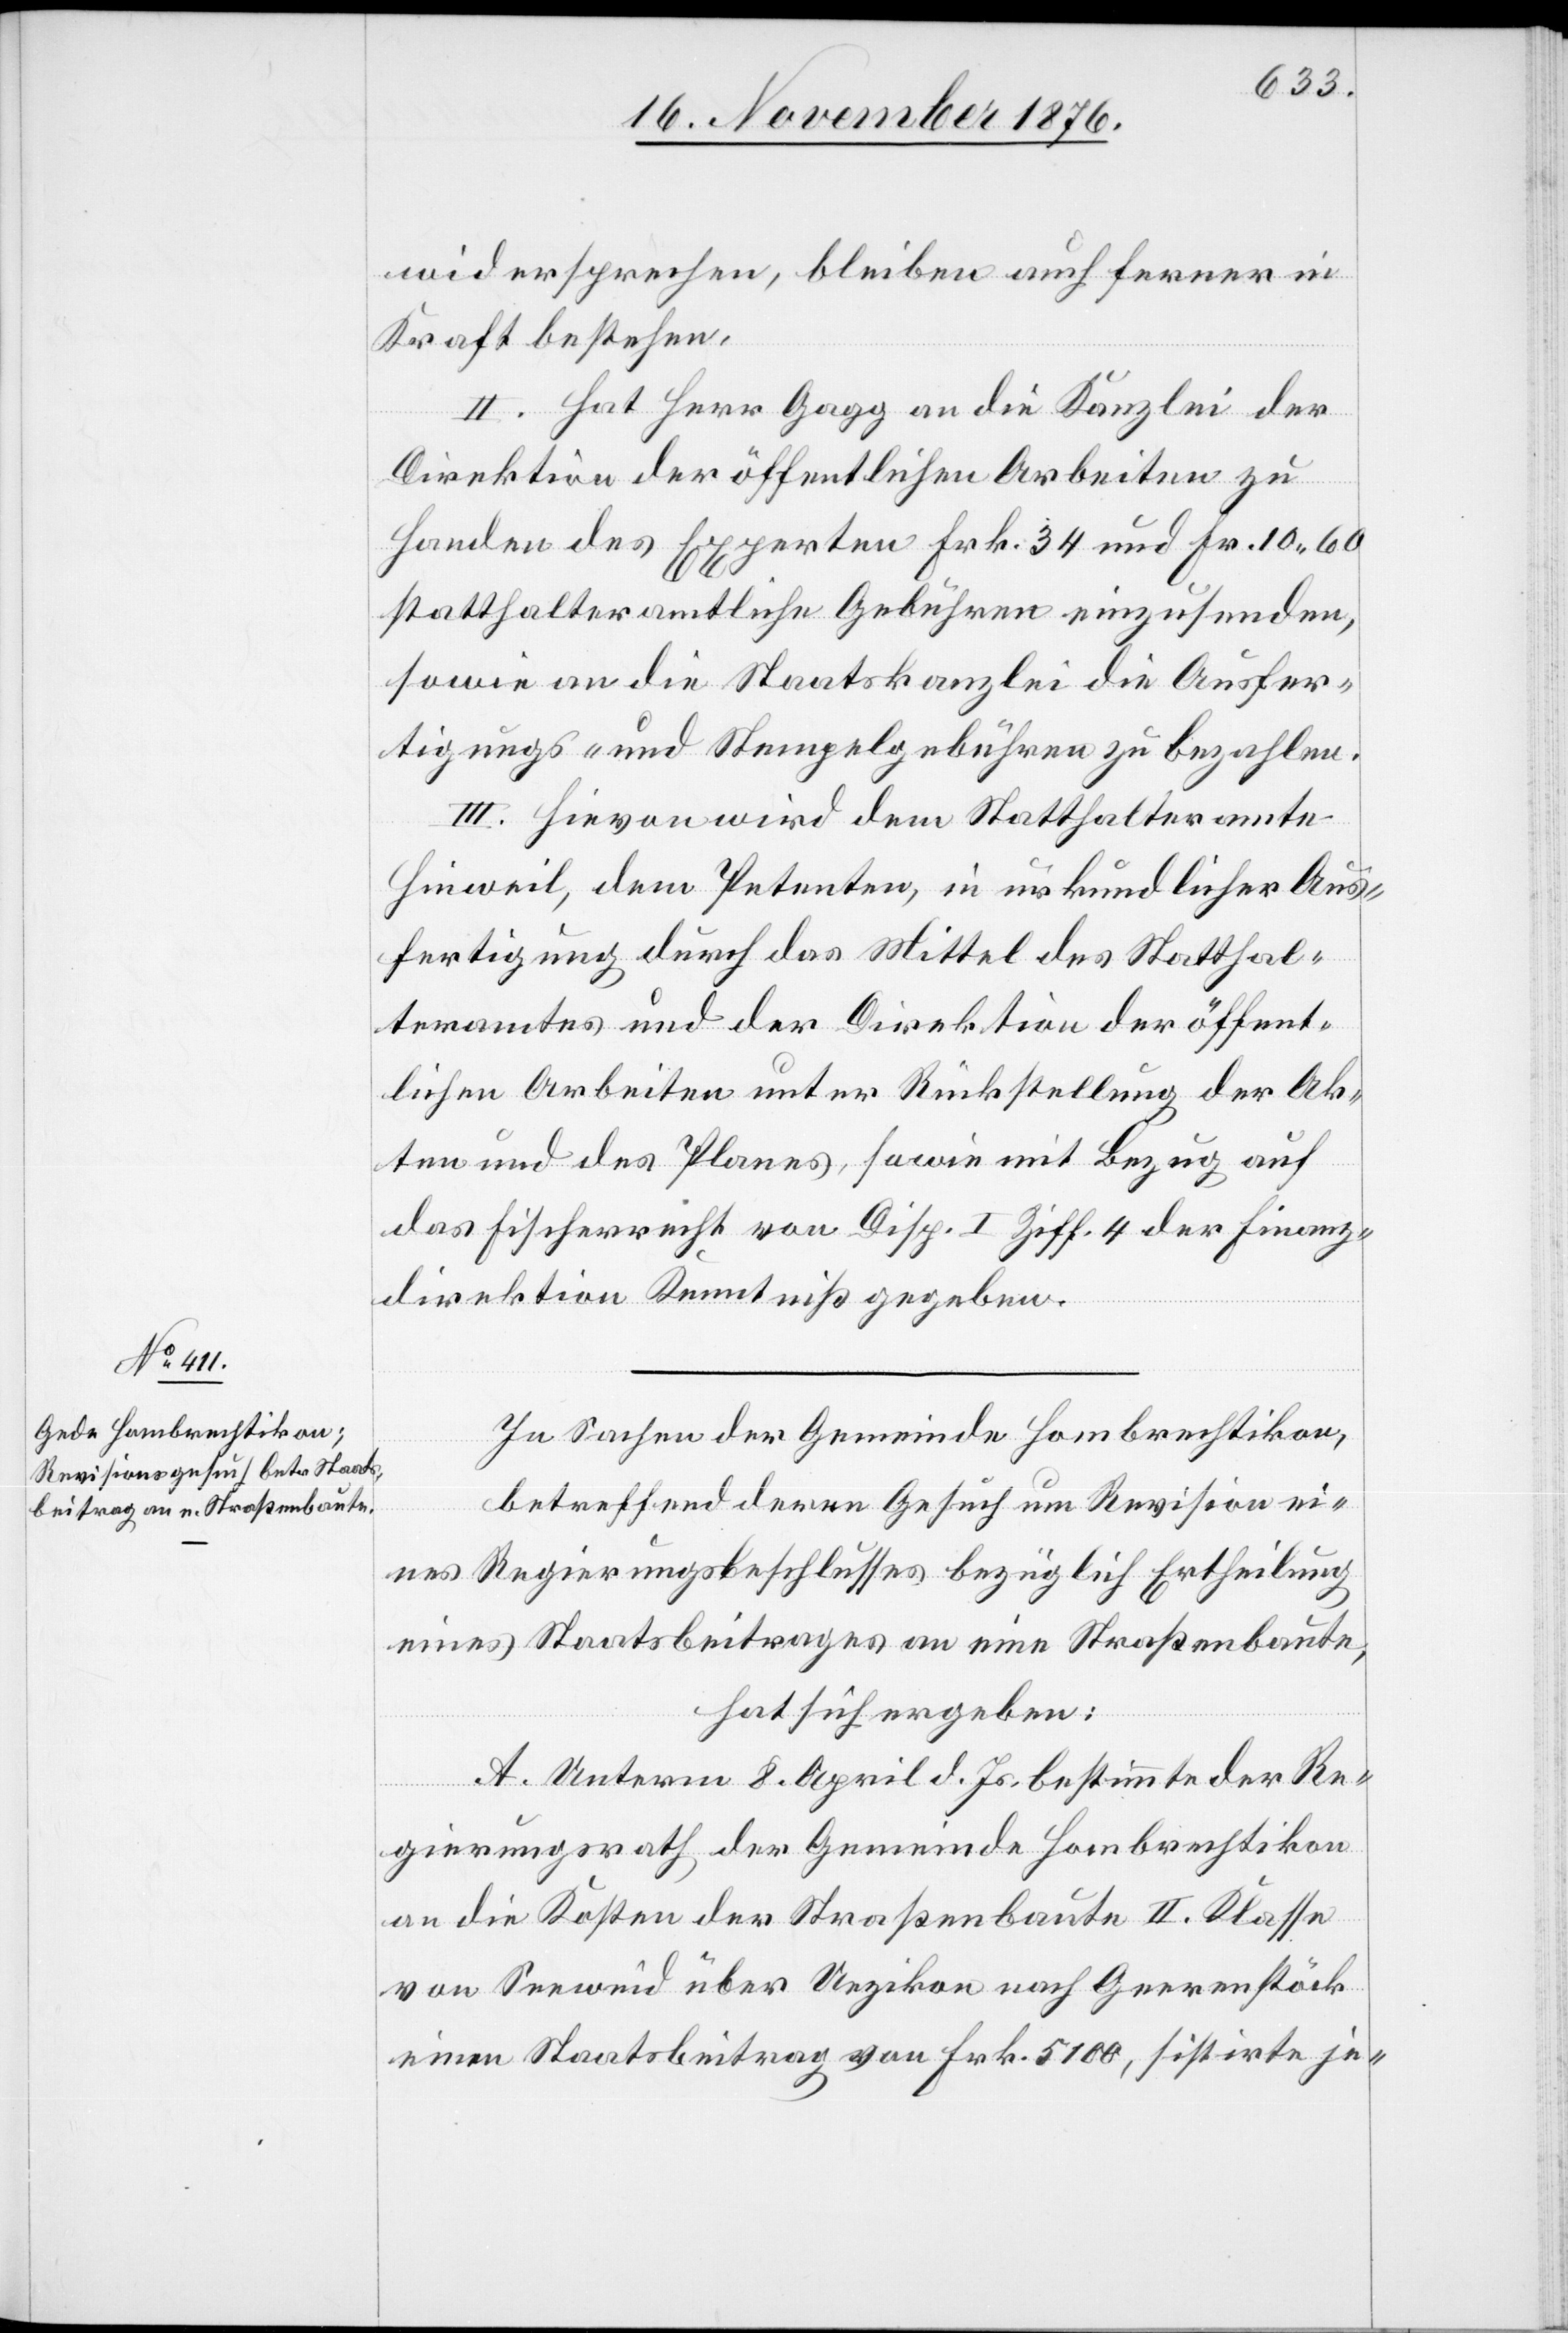
widersprechen, bleiben auch ferner in
Kraft bestehen.
II. Hat Herr Gagg an die Kanzlei der
Direktion der öffentlichen Arbeiten zu
Handen des Experten Frk. 34 und Fr. 10 60
statthalteramtliche Gebühren einzusenden,
sowie an die Staatskanzlei die Ausfer¬
tigungs- und Stempelgebühren zu bezahlen.
III. Hievon wird dem Statthalteramte
Hinweil, dem Petenten, in urkundlicher Aus¬
fertigung durch das Mittel des Statthal¬
teramtes und der Direktion der öffent¬
lichen Arbeiten unter Rückstellung der Ak¬
ten und des Planes, sowie mit Bezug auf
das Fischerrecht von Disp. I. Ziff. 4 der Finanz¬
direktion Kenntniß gegeben.
In Sachen der Gemeinde Hombrechtikon,
betreffend deren Gesuch um Revision ei¬
nes Regierungsbeschlusses bezüglich Ertheilung
eines Staatsbeitrages an eine Straßenbaute,
hat sich ergeben:
A. Unterm 8. April d. Js. bestimmte der Re¬
gierungsrath des Gemeinde Hombrechtikon
an die Kosten der Straßenbaute II. Klasse
von Seeweid über Uezikon nach Geerenstöck
einen Staatsbeitrag von Frk. 5100, sistirte je-